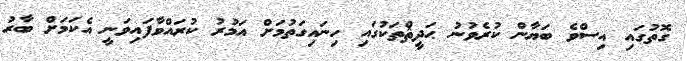
ގޮތުގައި އިސްވެ ބަޔާން ކުރެވުނު ޙަދީޘްތަކުގައި ހިނައިގަތުމަށް އަމުރު ކުރައްވާފައިވަނީ އެކަމަށް ބާރު